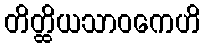
တိတ္ထိယသာဝကေဟိ